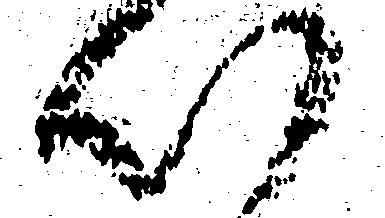
心